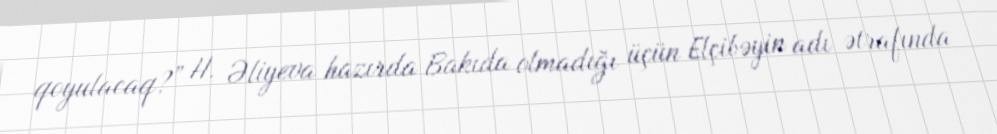
qoyulacaq?” H. Əliyeva hazırda Bakıda olmadığı üçün Elçibəyin adı ətrafında